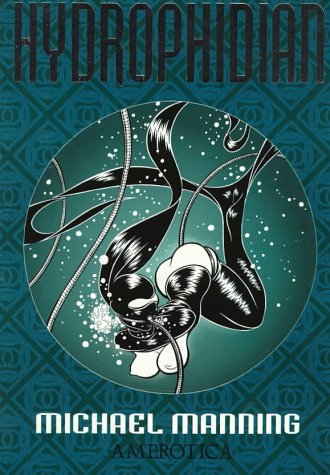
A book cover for Hydrophidian (Spider Garden Book Two); Michael Manning; Comics & Graphic Novels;